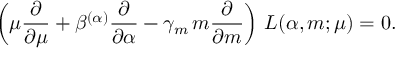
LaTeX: \left( \mu \frac { \partial } { \partial \mu } + \beta ^ { ( \alpha ) } \frac { \partial } { \partial \alpha } - \gamma _ { m } \, m \frac { \partial } { \partial m } \right) \, { \cal L } ( \alpha , m ; \mu ) = 0 .